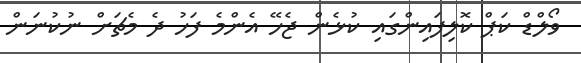
ވޯލްޑް ކަޕް ކޮލިފައިންގައި ކުޅެން ޖެހޭ އެންމެ ފަހު ދެ މެޗަށް ނުކުނަން